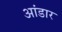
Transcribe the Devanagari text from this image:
आंडार